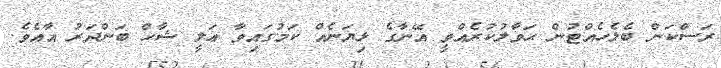
ރަސްކަން ބެލެހެއްޓުން ޙަވާލުކުރެއްވީ އޭނާގެ ޅިޔަނެއް ކަމުގައިވާ ޢަލީ ޝާހް ބަންދަރު އާއެވެ.